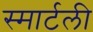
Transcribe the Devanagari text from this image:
स्मार्टली